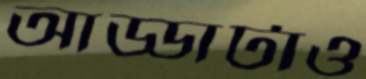
আড্ডাটাও